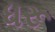
ધરૂ